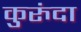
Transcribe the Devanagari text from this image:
कुरुंदा